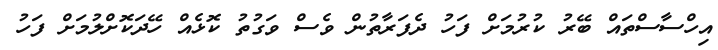
އިހްސާސްތައް ބޭރު ކުރުމަށް ފަހު ދެފަރާތުން ވެސް ވަގުތު ކޮޅެއް ހޭދަކޮށްލުމަށް ފަހު